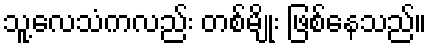
သူ့လေသံကလည်း တစ်မျိုး ဖြစ်နေသည်။